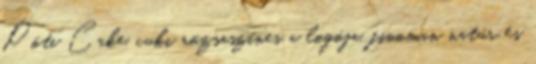
Pöti Cake, cuki rózsaszínes a logója, finoman natúr és